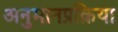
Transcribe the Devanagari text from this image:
अनुमानप्रक्रिया